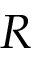
R